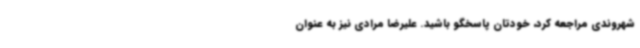
شهروندی مراجعه کرد، خودتان پاسخگو باشید. علیرضا مرادی نیز به عنوان